Report on vaccination in Madras 1895-1903 - 1895-1903
Year: 1895
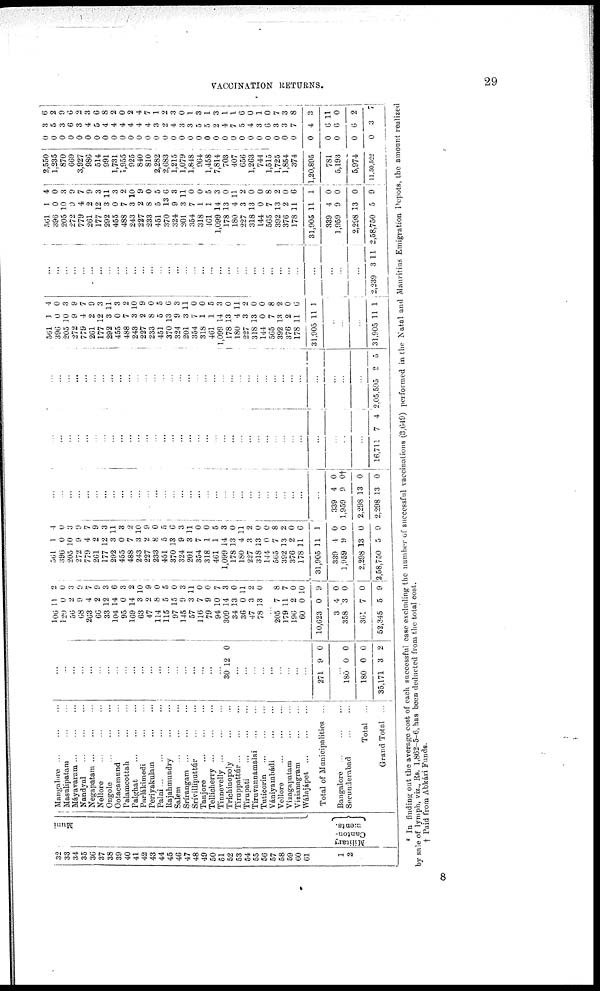
VACCINATION RETURNS.
29
32
33
34
35
36
37
38
39
40
41
42
43
44
45
46
47
48
49
50
51
52
53
54
55
56
57
58
59
60
61
1
2
Muni
Military
Canton-
ments.
Mangalore ... ... ...
Masulipatam
...
...
Máyavaram
...
...
...
Nandyal
...
...
...
Negapatam
...
...
...
Nellore
...
...
...
Ongole
...
...
...
Ootacamund
...
...
Palamcottah
...
...
Palghat
...
...
...
Parlákimedi ... ...
Periyakulain
...
...
Palni
...
...
...
...
Rajahmundry
...
...
Salem
...
...
...
Srírangam
...
...
...
Srívillipattúr
...
...
Tanjore
...
...
...
Tellicherry
...
...
...
Tinnevelly...
...
...
Trichinopoly ... ...
Tiruppattúr
...
...
...
Tirupati
...
...
...
Tiruvannámalai
...
...
Tuticorin
...
...
...
Vaniyambádi
...
...
Vellore
...
...
...
Vizagapatam ... ...
Vizianagram ... ...
Wálajápet
...
...
...
Total of Municipalities ...
Bangalore
...
...
...
Secunderabad
...
...
Total ...
Grand Total ...
...
...
...
...
...
...
...
...
...
...
...
...
...
...
...
...
...
...
...
...
30 12 0
...
...
...
...
...
...
...
...
...
271 9 0
...
180
180
35,171
0
0
3
0
0
2
100
120
56
68
263
66
33
104
95
169
63
47
114
115
97
145
57
116
79
94
309
34
36
47
78
11
0
2
9
4
2
12
14
0
14
3
2
8
5
15
9
3
7
9
10
14
13
0
3
13
2
0
3
9
7
9
3
6
3
2
10
9
0
5
0
3
11
0
0
7
3
0
11
2
0
...
205
179
196
60
10,623
3
358
361
52,345
7
11
2
0
0
4
3
7
5
8
7
0
10
9
0
0
0
9
561
396
205
272
779
261
177
292
455
488
243
227
233
451
370
324
201
354
318
461
1,099
178
180
227
318
144
565
392
376
178
31,905
339
1,959
2,298
2,58,750
1
0
10
9
4
2
12
3
0
7
3
2
8
5
13
9
3
7
1
1
14
13
4
3
13
0
7
13
2
11
11
4
9
13
5
4
0
3
9
7
9
3
11
3
2
10
9
0
5
6
3
11
0
0
5
3
0
11
2
0
0
8
2
0
6
1
0
0
0
9
...
...
...
...
...
...
...
...
...
...
...
...
...
...
...
...
...
...
...
...
...
...
...
...
...
...
...
...
...
...
...
339
1,959
2,298
2,298
4
9
13
13
0
0†
0
0
...
...
...
...
...
...
...
...
...
...
...
...
...
...
...
...
...
...
...
...
...
...
...
...
...
...
...
...
...
...
...
...
...
...
16,711 7 4
...
...
...
...
...
...
...
...
...
...
...
...
...
...
...
...
...
...
...
...
...
...
...
...
...
...
...
...
...
...
...
...
...
...
2,05,595 2 5
561
396
205
272
779
261
177
292
455
488
243
227
233
451
370
324
201
354
318
461
1,099
178
180
227
318
144
565
392
376
178
31,905
1
0
10
9
4
2
12
3
0
7
3
2
8
5
13
9
3
7
1
1
14
13
4
3
13
0
7
18
2
11
11
4
0
3
9
7
9
3
11
3
2
10
9
0
5
6
3
11
0
0 5
3
0
11
2
0
0
8
2
0
6
1
...
...
...
31,905 11 1
...
...
...
...
...
...
...
...
...
...
...
...
...
...
...
...
...
...
...
...
...
...
...
...
...
...
...
...
...
...
...
...
...
...
2,239 3 11
501
396
205
272
779
261
177
292
455
488
243
227
233
451
370
324
201
354
318
461
1,099
178
180
227
318
144
565
392
376
178
31,905
339
1,959
2,298
2,58,750
1
0
10
9 4
2
12
3
0
7
3
2
8
5
13
9
3
7
1
1
14
13
4
3
13
0
7
13
2
11
11
4
9
13
5
4
0 3
9
7
9
3
11
3
2
10
9
0
5
6
3
11
0
0
5
3
0
11
2
0
0
8
2
0
6
1
0
0
0
9
2,550
1,235
870
669
3,927
986
514
991
1,731
1,955
925
840
810
2,282
2,683
1,215
1,079
1,848
964
1,458
7,814
703
407
656
1,263
744
1,515
1,725
1,854
374
1,20,895
781
5,193
5,974
11,50,522
0
0
0
0
0
0
0
0
0
0
0
0
0
0
0
0
0
0
0
0
0
0
0
0 0
0 0
0
0
0
0
0
0
0
0
3
5
3
6
3
4
5
4
4
4
4
4
4
3
2
4
3
3
5
5
2
4
7
5
4
3
6
3
3
7
4
6
6
6
3
6
2 9
6
2
3
6
8 2
0 2
4
7
1
2
3
0
1
3 1
3
1 1
6
0 1
0
7
3
8
3
11
0
2
7
* In finding out the average cost of each successful case excluding the number of successful vaccinations (3,649) performed in the Natal and Mauritius Emigration Depots, the amount realized
by sale of lymph, viz., Rs. 1,862-5-6, has been deducted from the total cost.
† Paid from Abkári Funds.
8